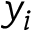
y _ { i }